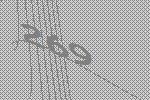
269